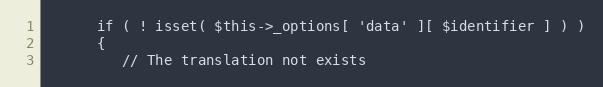
Language: PHP
      if ( ! isset( $this->_options[ 'data' ][ $identifier ] ) )
      {
         // The translation not exists